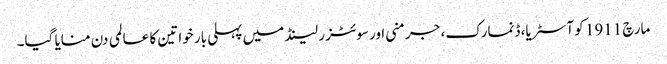
مارچ 1911 کو آسٹریا، ڈنمارک، جرمنی اور سوئٹزر لینڈ میں پہلی بار خواتین کا عالمی دن منایا گیا۔